Plague in India, 1896, 1897 - Volume 3
Year: 1896
Disease focus: Plague
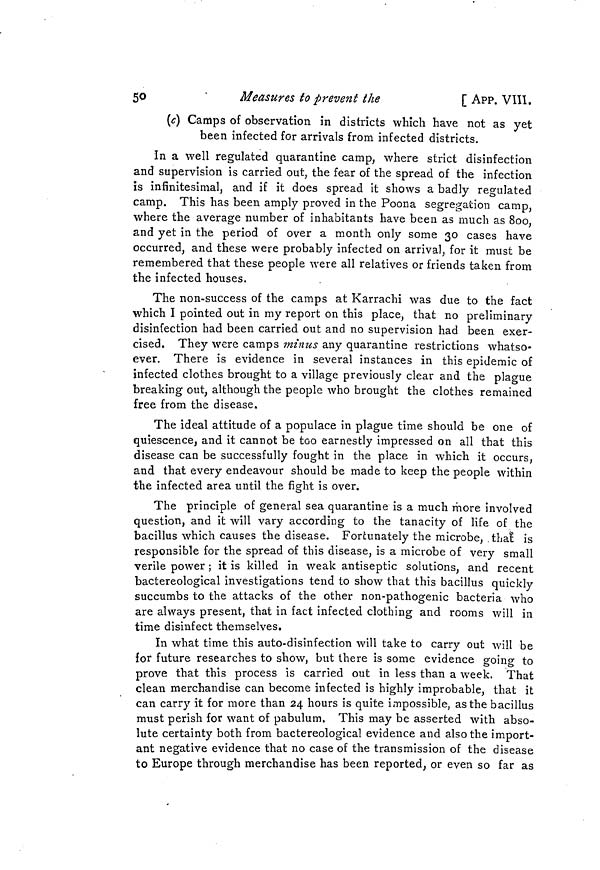
50
'
Measures to prevent the
[ APP. VIII.
(c) Camps of observation in districts which have not as yet
been infected for arrivals from infected districts.
In a well regulated quarantine camp, where strict disinfection
and supervision is carried out, the fear of the spread of the infection
is infinitesimal, and if it does spread it shows a badly regulated
camp. This has been amply proved in the Poona segregation camp,
where the average number of inhabitants have been as much as 800,
and yet in the period of over a month only some 30 cases have
occurred, and these were probably infected on arrival, for it must be
remembered that these people were all relatives or friends taken from
the infected houses.
The non-success of the camps at Karrachi was due to the fact
which I pointed out in my report on this place, that no preliminary
disinfection had been carried out and no supervision had been exer-
cised. They were camps minus any quarantine restrictions whatso-
ever. There is evidence in several instances in this epidemic of
infected clothes brought to a village previously clear and the plague
breaking out, although the people who brought the clothes remained
free from the disease.
The ideal attitude of a populace in plague time should be one of
quiescence, and it cannot be too earnestly impressed on all that this
disease can be successfully fought in the place in which it occurs,
and that every endeavour should be made to keep the people within
the infected area until the fight is over.
The principle of general sea quarantine is a much more involved
question, and it will vary according to the tanacity of life of the
bacillus which causes the disease. Fortunately the microbe, that is
responsible for the spread of this disease, is a microbe of very small
verile power ; it is killed in weak antiseptic solutions, and recent
bactereological investigations tend to show that this bacillus quickly
succumbs to the attacks of the other non-pathogenic bacteria who
are always present, that in fact infected clothing and rooms will in
time disinfect themselves.
In what time this auto-disinfection will take to carry out will be
for future researches to show, but there is some evidence going to
prove that this process is carried out in less than a week. That
clean merchandise can become infected is highly improbable, that it
can carry it for more than 24 hours is quite impossible, as the bacillus
must perish for want of pabulum. This may be asserted with abso-
lute certainty both from bactereological evidence and also the import-
ant negative evidence that no case of the transmission of the disease
to Europe through merchandise has been reported, or even so far as